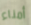
أمناء